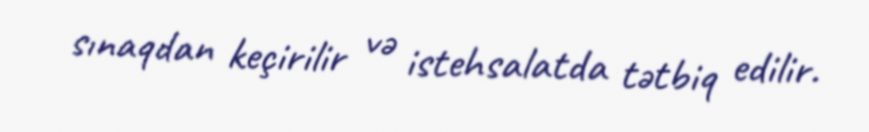
sınaqdan keçirilir və istehsalatda tətbiq edilir.